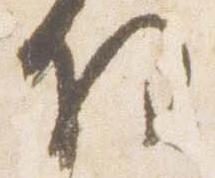
将